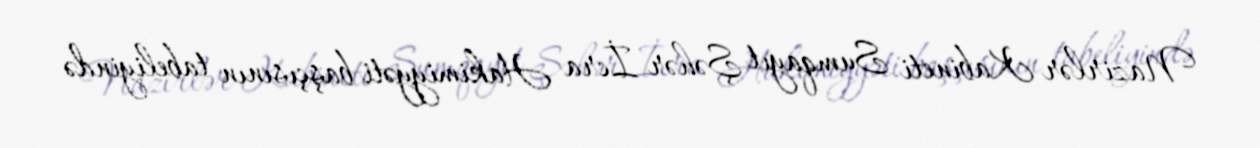
Nazirlər Kabineti Sumqayıt Şəhər İcra Hakimiyyəti başçısının tabeliyində